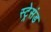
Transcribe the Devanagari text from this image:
स्ट्रेसंड